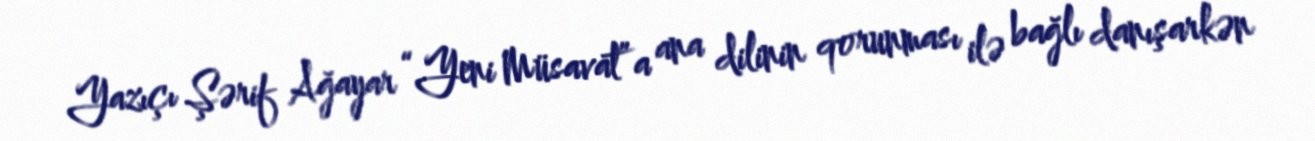
Yazıçı Şərif Ağayar “Yeni Müsavat”a ana dilinin qorunması ilə bağlı danışarkən